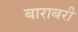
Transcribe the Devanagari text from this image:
बाराबरी